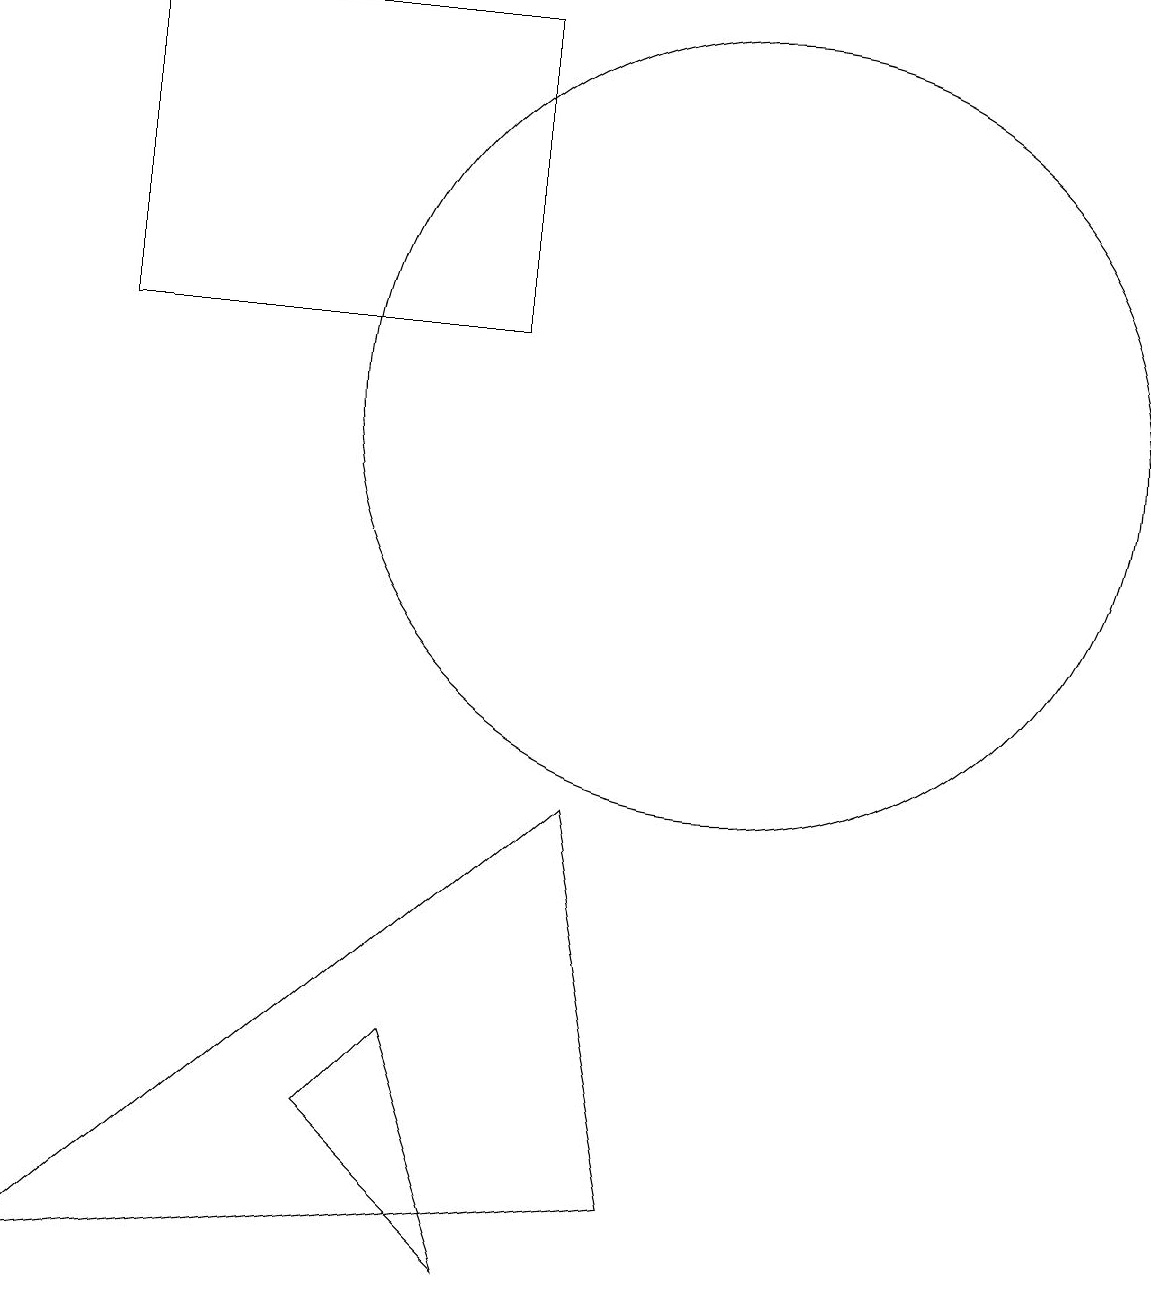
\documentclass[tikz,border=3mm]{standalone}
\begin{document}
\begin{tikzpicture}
\draw (10,12) circle (5);
\draw (2,13) rectangle (7,17);
\draw (8,7) -- (9,2) -- (1,1) -- cycle;
\draw (6,4) -- (5,3) -- (7,1) -- cycle;
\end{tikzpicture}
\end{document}